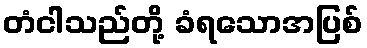
တံငါသည်တို့ ခံရသောအပြစ်